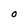
Character: O